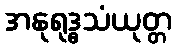
အနုရုဒ္ဓသံယုတ္တ